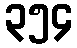
၃၅၄